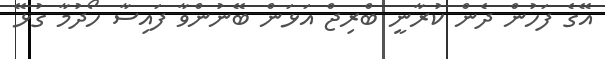
އޭގެ ފަހުން ދެން ކުރާނީ ބްރިޖް އަޅަން ބޭނުންވާ ފައިސާ ހޯދުމާ ގުޅޭ